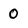
Character: 0